Plague in India, 1896, 1897 - Volume 2
Year: 1896
Disease focus: Plague
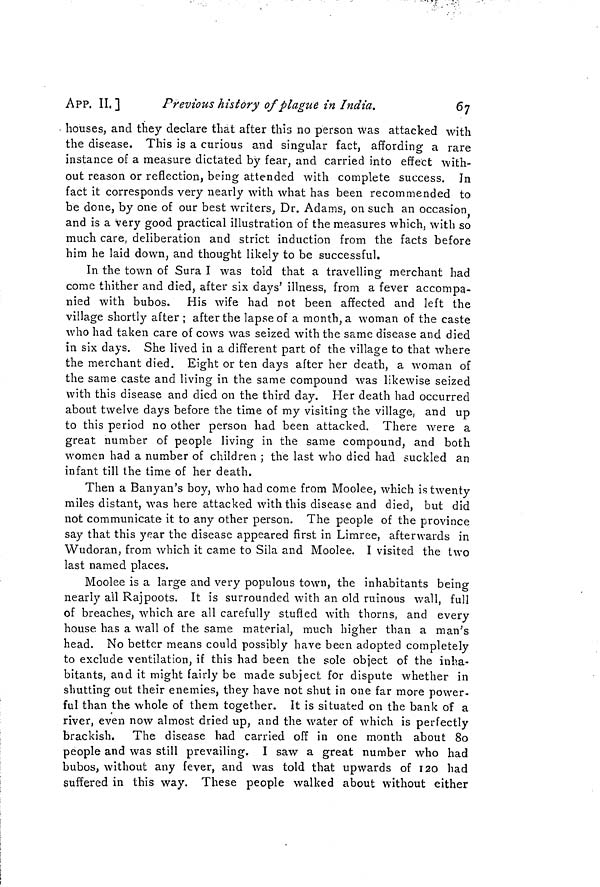
APP. II, ]
Previous history of plague in India.
6 7
• houses, and they declare that after this no person was attacked with
the disease. This is a curious and singular fact, affording a rare
instance of a measure dictated by fear, and carried into effect with-
out reason or reflection, being attended with complete success. Jn
fact it corresponds very nearly with what has been recommended to
be done, by one of our best writers, Dr. Adams, on such an occasion
and is a very good practical illustration of the measures which, with so
much care, deliberation and strict induction from the facts before
him he laid down, and thought likely to be successful.
In the town of Sura I was told that a travelling merchant had
come thither and died, after six days' illness, from a fever accompa-
nied with bubos. His wife had not been affected and left the
village shortly after ; after the lapse of a month, a woman of the caste
who had taken care of cows was seized with the same disease and died
in six days. She lived in a different part of the village to that where
the merchant died. Eight or ten days after her death, a woman of
the same caste and living in the same compound was likewise seized
with this disease and died on the third day. Her death had occurred
about twelve days before the time of my visiting the village, and up
to this period no other person had been attacked. There were a
great number of people living in the same compound, and both
women had a number of children ; the last who died had suckled an
infant till the time of her death.
Then a Banyan's boy, who had come from Moolee, which is twenty
miles distant, was here attacked with this disease and died, but did
not communicate it to any other person. The people of the province
say that this year the disease appeared first in Limree, afterwards in
Wudoran, from which it came to Sila and Moolee. I visited the two
last named places.
Moolee is a large and very populous town, the inhabitants being
nearly all Rajpoots. It is surrounded with an old ruinous wall, full
of breaches, which are all carefully stufied with thorns, and every
house has a wall of the same material, much higher than a man's
head. No better means could possibly have been adopted completely
to exclude ventilation, if this had been the sole object of the inha-
bitants, and it might fairly be made subject for dispute whether in
shutting out their enemies, they have not shut in one far more power-
ful than the whole of them together. It is situated on the bank of a
river, even now almost dried up, and the water of which is perfectly
brackish. The disease had carried off in one month about 80
people and was still prevailing. I saw a great number who had
bubos, without any fever, and was told that upwards of 120 had
suffered in this way. These people walked about without either